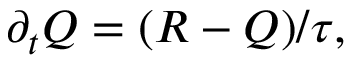
\partial _ { t } Q = ( R - Q ) / \tau ,